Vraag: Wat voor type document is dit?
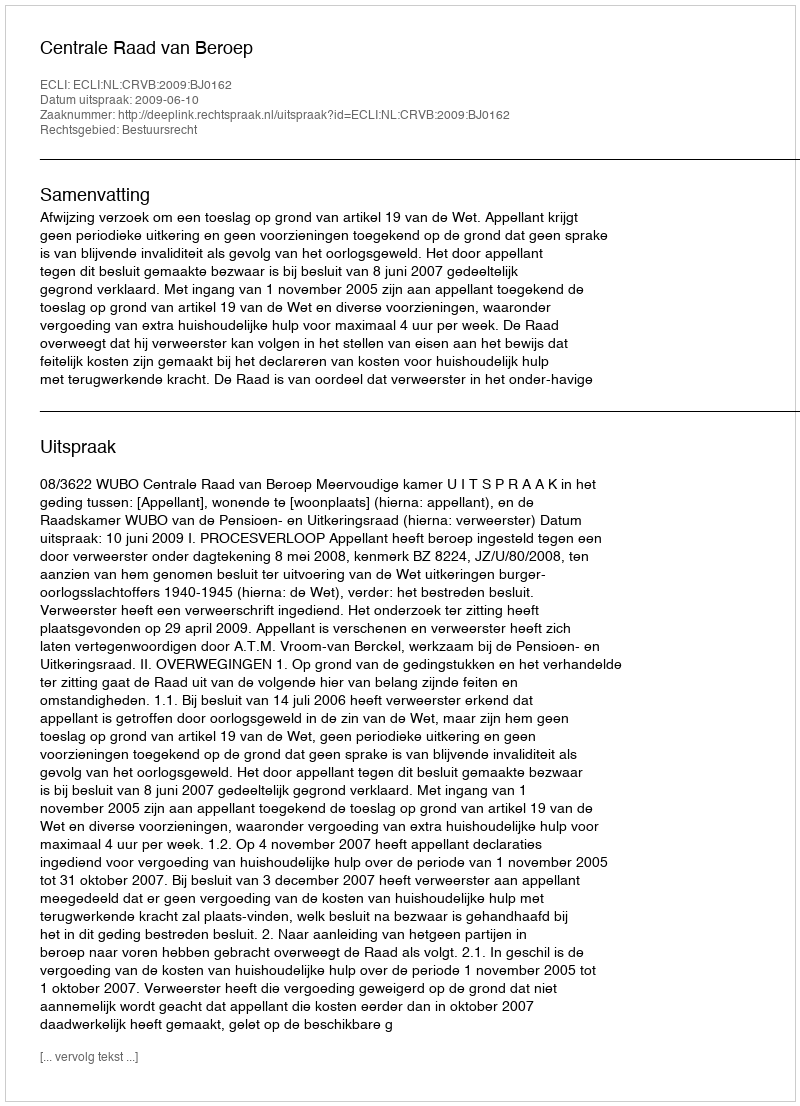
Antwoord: Uitspraak